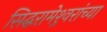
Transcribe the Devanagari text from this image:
सिद्धरामेश्र्वरांच्या